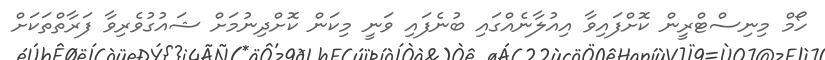
ހޯމް މިނިސްޓްރީން ކޮށްފައިވާ އިއުލާނެއްގައި ބުނެފައި ވަނީ މިކަން ކޮށްދިނުމަށް ޝައުގުވެރިވާ ފަރާތްތަކަށް